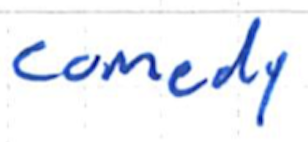
Text: comedy
Cross-out: clean
Writing tool: ballpoint